Burma Government Medical School reports 1923-41
Year: 1923
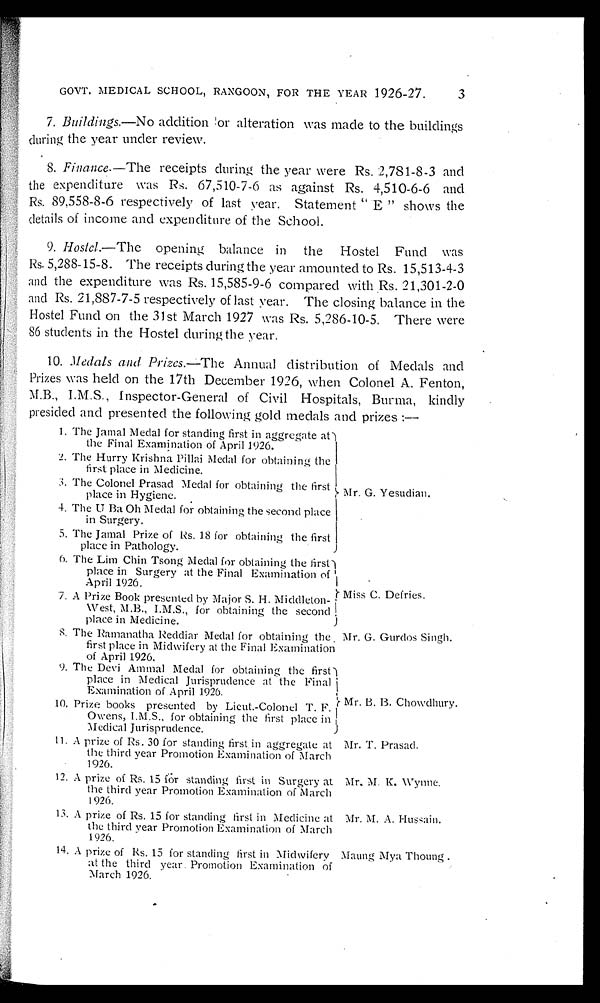
GOVT. MEDICAL SCHOOL, RANGOON, FOR THE YEAR 1926-27.
7. Buildings.—No addition or alteration was made to the buildings
during the year under review.
8. Finance.—The receipts during the year were Rs. 2,781-8-3 and
the expenditure was Rs. 67,510-7-6 as against Rs. 4,510-6-6 and
Rs. 89,558-8-6 respectively of last year. Statement "E" shows the
details of income and expenditure of the School.
9. Hostel.—The opening balance in the Hostel Fund was
Rs. 5,288-15-8. The receipts during the year amounted to Rs. 15,513-4-3
and the expenditure was Rs. 15,585-9-6 compared with Rs. 21,301-2-0
and Rs. 21,887-7-5 respectively of last year. The closing balance in the
Hostel Fund on the 31st March 1927 was Rs. 5,286-10-5. There were
86 students in the Hostel during the year.
10. Medals and Prizes.— The Annual distribution of Medals and
Prizes was held on the 17th December 1926, when Colonel A. Fenton,
M.B., I.M.S., Inspector-General of Civil Hospitals, Burma, kindly
presided and presented the following gold medals and prizes:—
1. The Jamal Medal for standing first in aggregate at)
the Final Examination of April 1926.
2. The Hurry Krishna Pillai Medal for obtaining the
first place in Medicine.
3. The Colonel Prasad Medal for obtaining the first
place in Hygiene.
4. The U Ba Oh Medal for obtaining the second place
in Surgery.
5. The Jamal Prize of Rs. 18 for obtaining the first
place in Pathology.
Mr. G. Yesudian.
6. The Lim Chin Tsong Medal for obtaining the first)
place in Surgery at the Final Examination of
April 1926.
7. A Prize Book presented by Major S. H. Middleton
-West, M.B., I.M.S., for obtaining the second
place in Medicine.
Miss C. Defries.
8. The Ramanatha Reddiar Medal for obtaining the
first place in Midwifery at the Final Examination
of April 1926.
Mr. G. Gurdos Singh.
9. The Devi Ammal Medal for obtaining the first
place in Medical Jurisprudence at the Final
Examination of April 1926.
10. Prize books presented by Lieut.-Colonel T. F.
Owens, I.M.S., for obtaining the first place in
Medical Jurisprudence.
Mr. B. B. Chowdhury
11. A prize of Rs. 30 for standing first in aggregate at
the third year Promotion Examination of March
1926.
Mr. T. Prasad.
12. A prize of Rs. 15 for standing first in Surgery at
the third year Promotion Examination of March
1926_
Mr, M. K. Wynne.
1 3 . A p r i z e o f R s . 1 5 f o r s t a n d i n g f i r s t i n M e d i c i n e a t the third year Promotion Examination of March
1926.
Mr. M. A. Hussain.
14. A prize of Rs. 15 for standing first in Midwifery
at the third year. Promotion Examination of
March 1926.
Maung Mya Thoung .